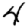
Digit: 4